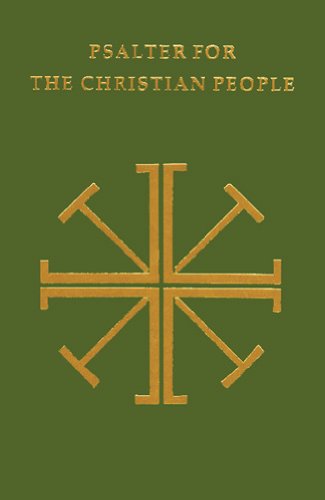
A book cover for Psalter for the Christian People: An Inclusive Language ReVision of the Psalter of the  Book of Common Prayer 1979 (Pueblo Books); Christian Books & Bibles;